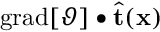
\mathrm { g r a d } [ \vartheta ] \bullet \widehat { \mathbf { t } } ( \mathbf { x } )